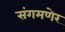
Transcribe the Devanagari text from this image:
संगमणेर